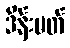
ဒိန်းမတ်